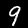
Label: 9